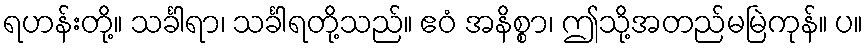
ရဟန်းတို့။ သင်္ခါရာ၊ သင်္ခါရတို့သည်။ ဧဝံ အနိစ္စာ၊ ဤသို့အတည်မမြဲကုန်။ ပ။